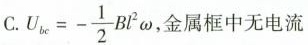
C.$$U_{bc}=- \frac{1}{2}Bl^{2}\omega $$,金属框中无电流